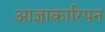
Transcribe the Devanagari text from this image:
आज्ञाकारिपन